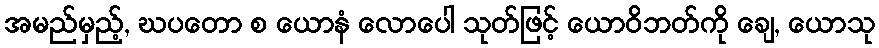
အမည်မှည့်, ဃပတော စ ယောနံ လောပေါ သုတ်ဖြင့် ယောဝိဘတ်ကို ချေ, ယောသု